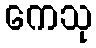
ကေသု